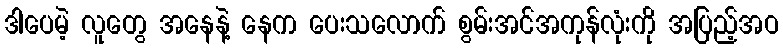
ဒါပေမဲ့ လူတွေ အနေနဲ့ နေက ပေးသလောက် စွမ်းအင်အကုန်လုံးကို အပြည့်အဝ